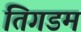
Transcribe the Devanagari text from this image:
तिगडम